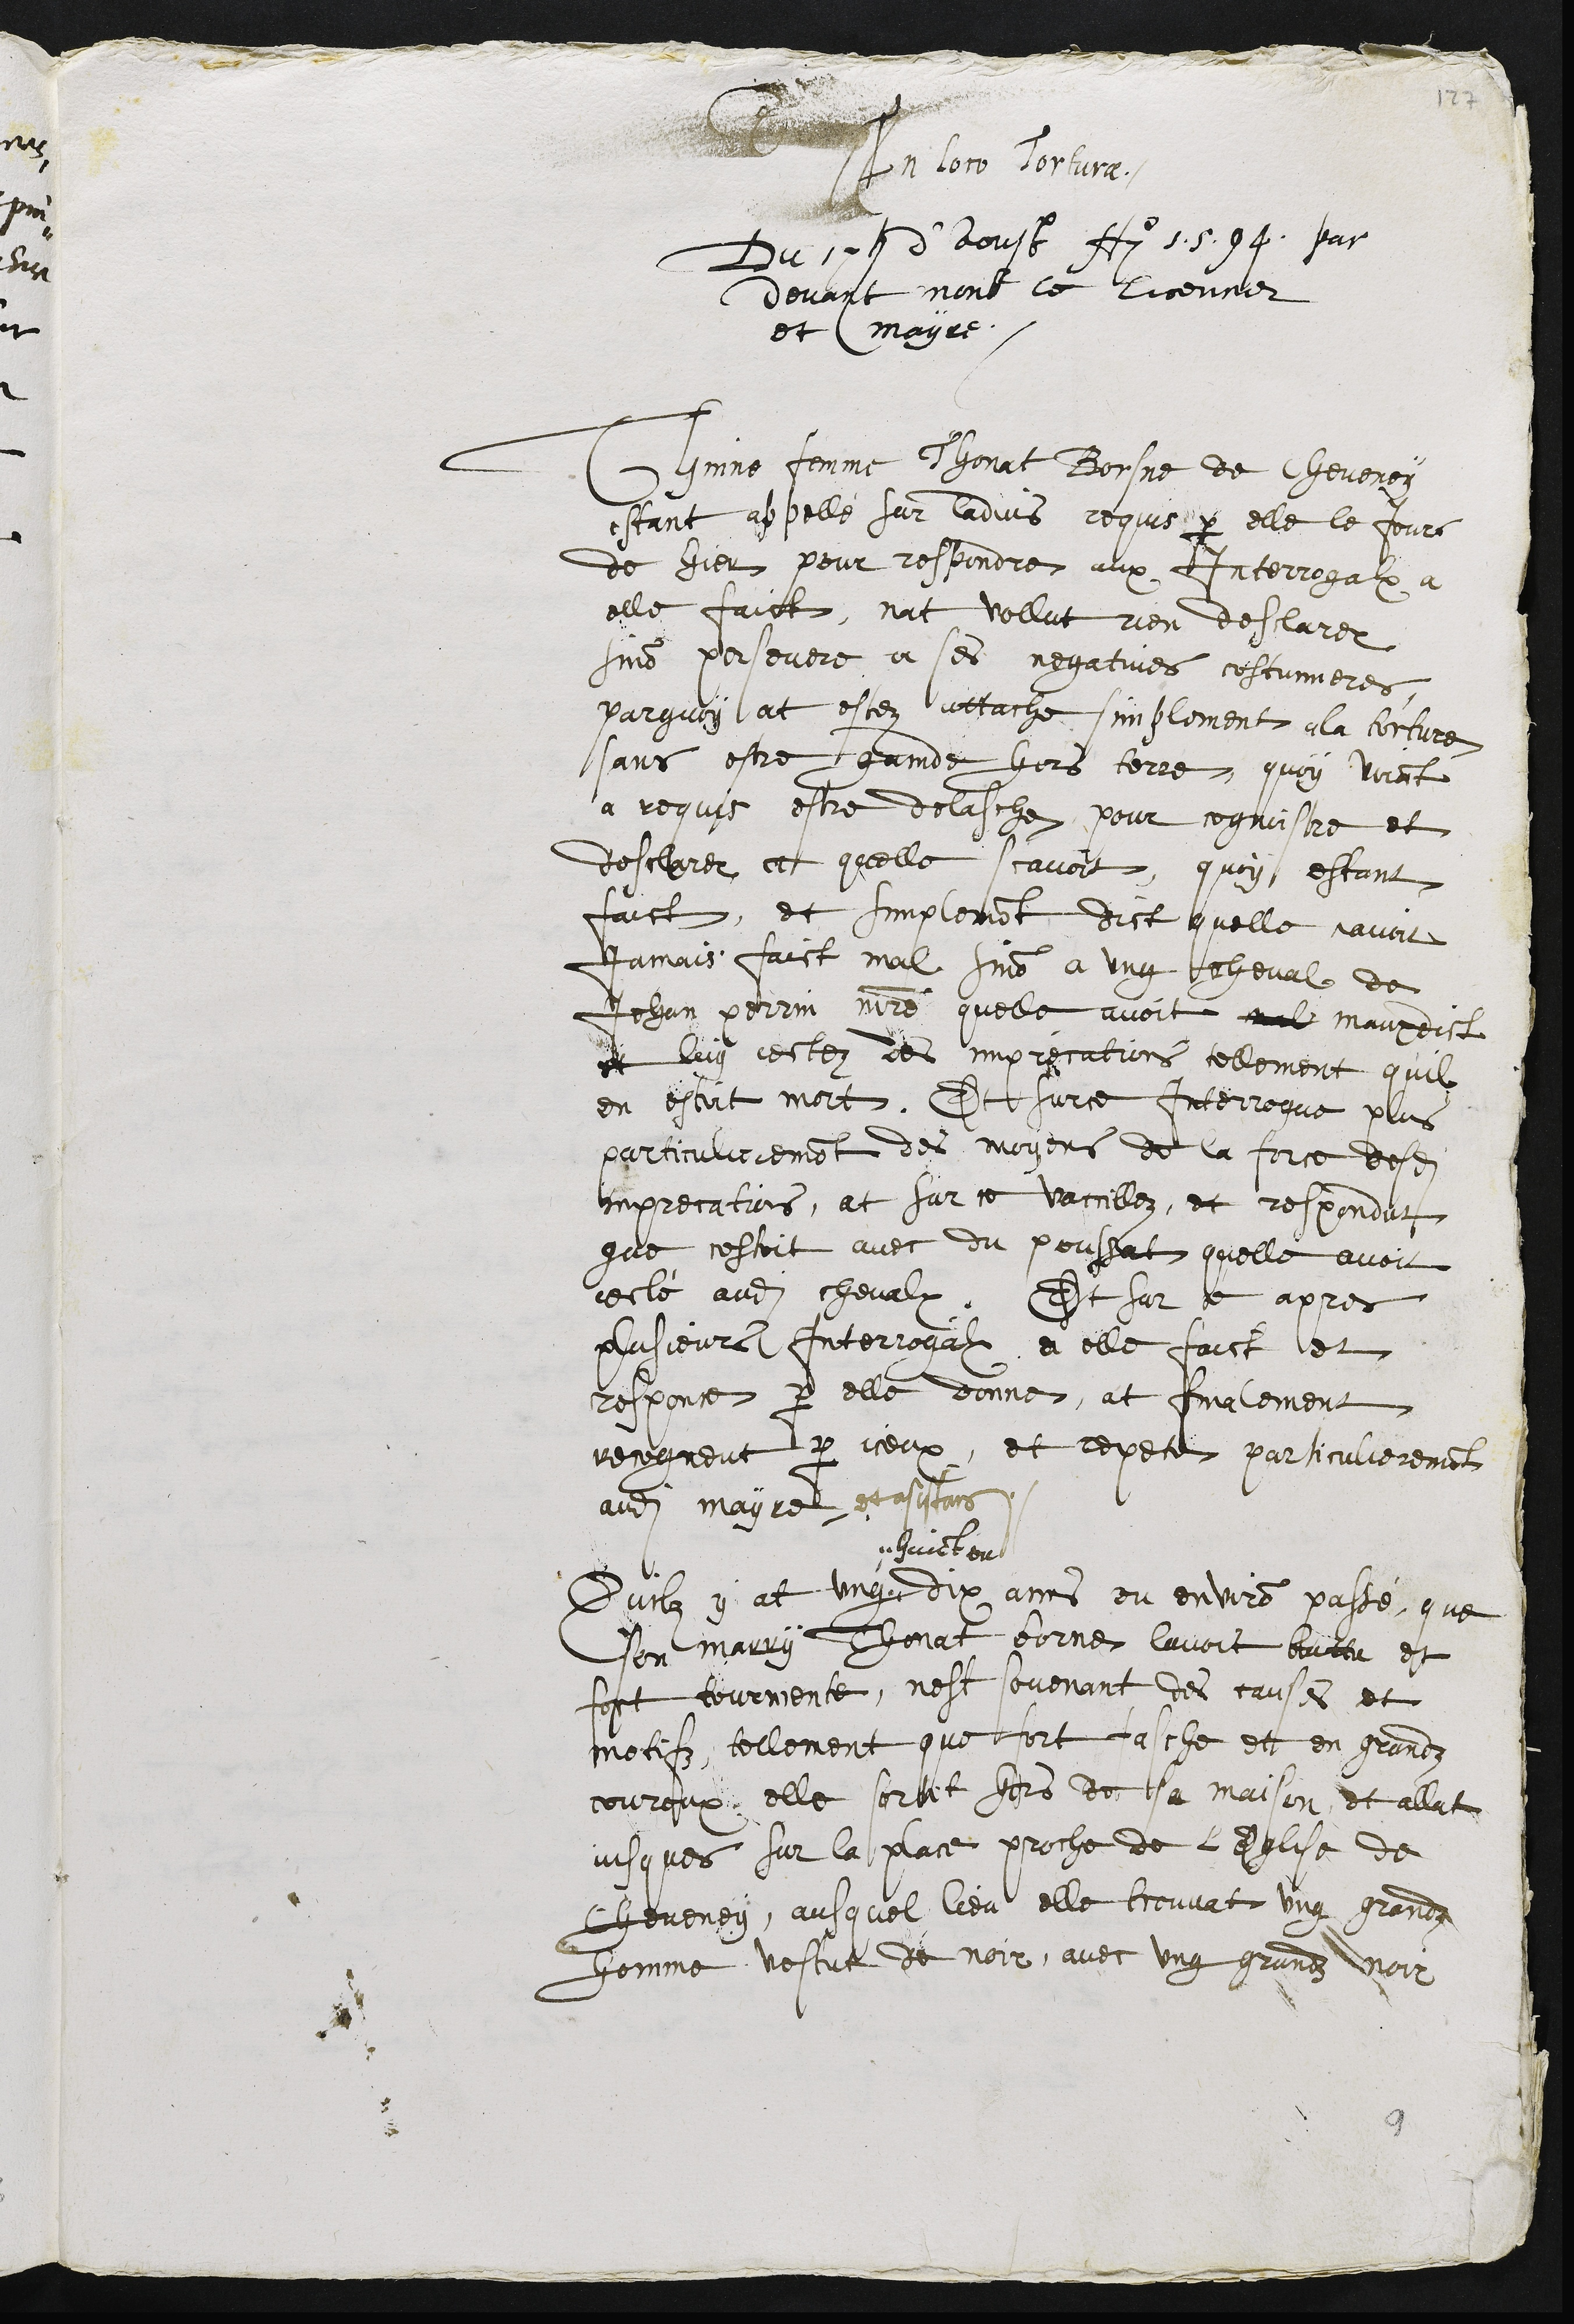
D
In loco Torturae
Du 17e d'aoust Ao 1594 par
devant monr le licencier
et mayre.
Thinne femme Thonat Borsne de Cheveney
estant appellé sur ladvis requis par elle le jours
de hier pour respondre aux Interrogalx a
elle faict, nat vollut rien deslarer
sinon persevere a ses negatives costumieres,
parquoy at estez attache simplement ala torture
sans estre gainde hors terre, quoy voiant
a requis estre delasche pour cognoistre et
desclarer ce quelle scavoit, quoy estant
faict, at simplement dict quelle navoit
jamais faict mal sinon a ung cheval de
Jehan Perrin maistre quelle avoit mal mauxdict
et luy jectez des imprecations tellement quil
en estoit mort. Et sur ce Interrogue plus
particulierement des moyens de la force desdits
imprecations, at sur ce vaccillez, et respondut
que cestoit avec du poulsat quelle avoit
jecté audit chevalx. Et sur ce apres
plusieurs Interrogalx a elle faict et
responce par elle donne, at finalement
recogneut par iceux, et repete particulierement
audit mayre et asistans
Quilz y at ung
huict ou
dix ans ou environ passé, que
son marry Thonat borne lavoit battu et
fort tourmente, nest sovenant des causes et
motifz, tellement que fort fasche et en grandz
couroux, elle sortit hors de sa maison, et allat
jusques sur la place proche de l'Eglise de
Cheveney, ausquel lieu elle trouvat ung grandz
homme vestu de noir, avec ung grandz noir
9